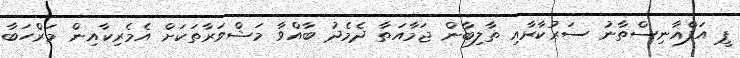
ޕީ އަފްޣާނިސްތާނު ސަރުކާރާއި ތާލިބާން ޖަމާއަތާ ދެމެދު ބާއްވާ މަޝްވަރާތަކަށް އެމެރިކާއިން މަރްހަބާ